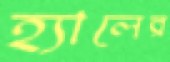
হ্যালের